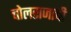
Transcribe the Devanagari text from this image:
चोलराजाची